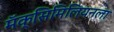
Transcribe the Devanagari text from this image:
मॅक्सिमिलियनला